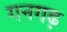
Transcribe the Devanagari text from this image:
गनगढ़